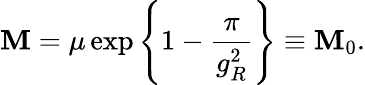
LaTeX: \mathbf{M}=\mu\exp\left\{ 1-\frac{{\pi}}{{g_{R}^{2}}}\right\} \equiv\mathbf{M}_{0}.